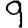
Digit: 9